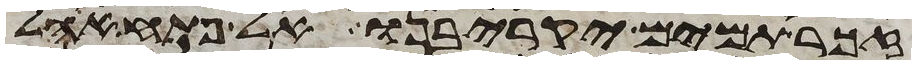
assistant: זכר תמים יקריבנו אל פתח אהל